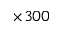
\times 3 0 0